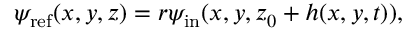
\psi _ { \mathrm { r e f } } ( x , y , z ) = r \psi _ { \mathrm { i n } } ( x , y , z _ { 0 } + h ( x , y , t ) ) ,